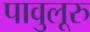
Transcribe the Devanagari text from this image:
पावुलूरु